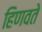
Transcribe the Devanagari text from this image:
हिणवते